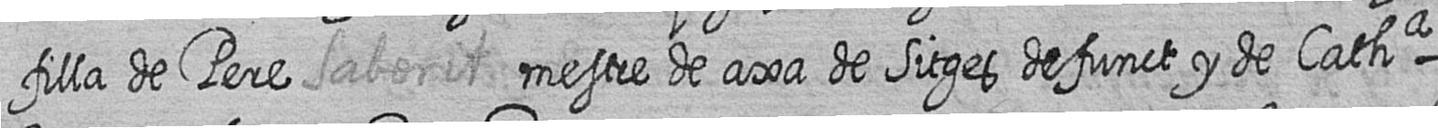
filla de Pere Saborit mestre de axa de Sitges defunct y de Catha